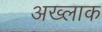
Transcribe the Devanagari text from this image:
अख्लाक